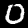
Label: 0